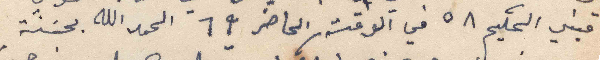
قبني الحكيم ٥٨ في الوقت الحاضر ٦٩ الحمد الله بحسنة